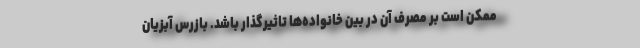
ممکن است بر مصرف آن در بین خانواده‌ها تاثیرگذار باشد. بازرس آبزیان